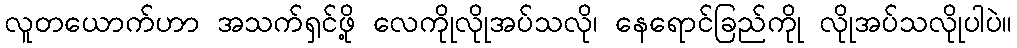
လူတယောက်ဟာ အသက်ရှင်ဖို့ လေကိုုလိုုအပ်သလို၊ နေရောင်ခြည်ကိုု လိုုအပ်သလိုုပါပဲ။